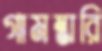
গামম্ভারি